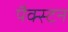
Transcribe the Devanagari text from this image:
पैक्स्टन